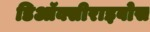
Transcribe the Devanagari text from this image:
डिऑक्सीराइबोस